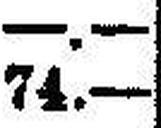
74.—